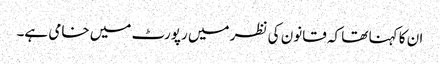
ان کا کہنا تھا کہ قانون کی نظر میں رپورٹ میں خامی ہے۔